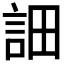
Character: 𧦵